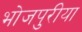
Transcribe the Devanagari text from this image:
भोजपुरीया